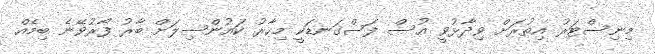
މިނިސްޓަރު އިތުރަށް ވިދާޅުވީ އުސް ފަސްގަނޑަކީ މިހާރު ކައުންސިލަށް ބާރު ފޯރުވޭނެ ބިމެއް